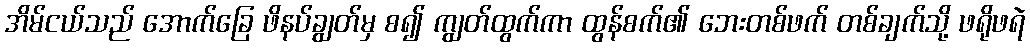
အိမ်ငယ်သည် အောက်ခြေ ဖိနပ်ချွတ်မှ စ၍ ကျွတ်ထွက်ကာ ထွန်စက်၏ ဘေးတစ်ဖက် တစ်ချက်သို့ ဖရိုဖရဲ